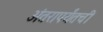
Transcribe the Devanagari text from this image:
अंतरापर्यंतची